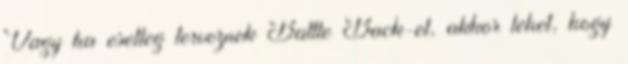
Vagy ha esetleg terveznek Battle Back-et, akkor lehet, hogy